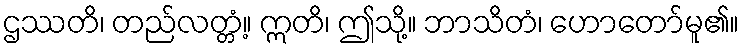
ဌဿတိ၊ တည်လတ္တံ့။ ဣတိ၊ ဤသို့။ ဘာသိတံ၊ ဟောတော်မူ၏။